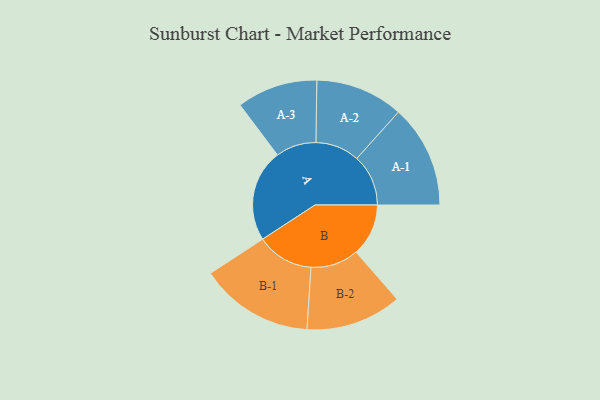
{"axis": {"x": "Segment", "y": "Value"}, "legend": ["", "A", "B"], "data": [{"x": "A", "y": 441, "type": ""}, {"x": "B", "y": 250, "type": ""}, {"x": "A-1", "y": 246, "type": "A"}, {"x": "A-2", "y": 210, "type": "A"}, {"x": "A-3", "y": 193, "type": "A"}, {"x": "B-1", "y": 272, "type": "B"}, {"x": "B-2", "y": 229, "type": "B"}]}